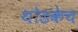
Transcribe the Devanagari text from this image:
थोडकेच